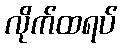
လိုက်ထရပ်